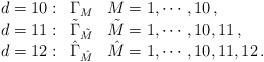
LaTeX: \begin{align*}\begin{array}{lll}d=10:&\Gamma_M&M=1,\cdots ,10\, ,\\d=11:&{\tilde {\Gamma}}_{\tilde M}&{\tilde M} = 1,\cdots ,10,11\, ,\\d=12:&{\hat {\Gamma}}_{\hat M}& {\hat M} = 1,\cdots ,10,11,12\, .\end{array}\end{align*}